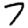
Digit: 7